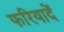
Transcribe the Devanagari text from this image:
फरियादें